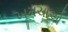
ખૂમચાઓ